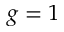
g = 1